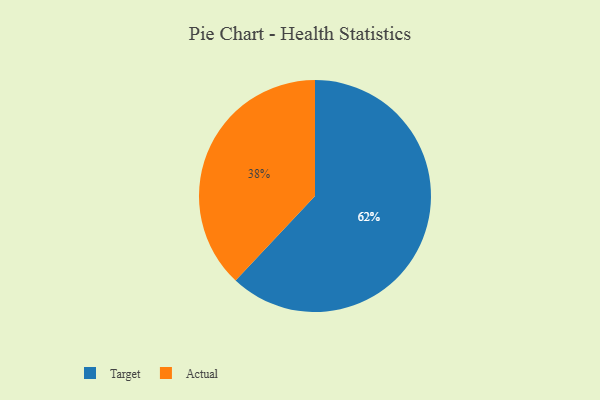
{"axis": {"x": "Category", "y": "Percentage"}, "legend": ["Actual", "Target"], "data": [{"x": "Target", "y": 62, "type": "Target"}, {"x": "Actual", "y": 38, "type": "Actual"}]}